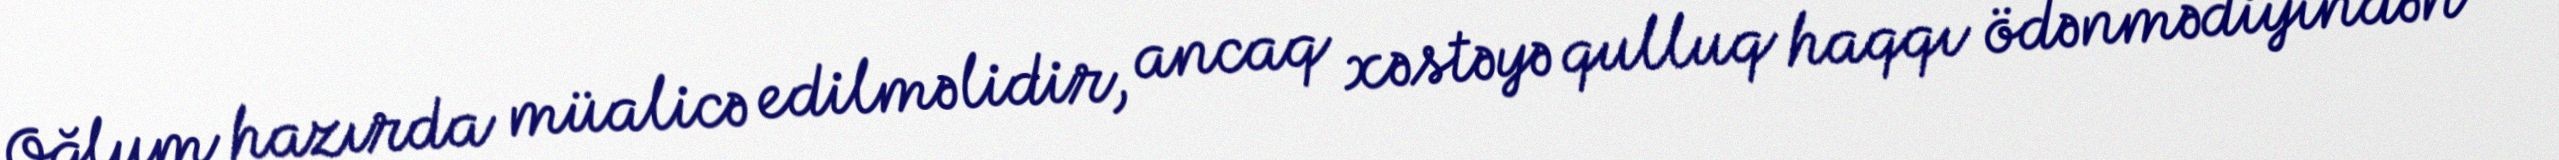
Oğlum hazırda müalicə edilməlidir, ancaq xəstəyə qulluq haqqı ödənmədiyindən